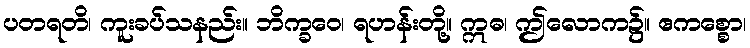
ပတရတိ၊ ကူးခပ်သနည်း။ ဘိက္ခဝေ၊ ရဟန်းတို့။ ဣဓ၊ ဤလောက၌။ ဧကစ္စော၊